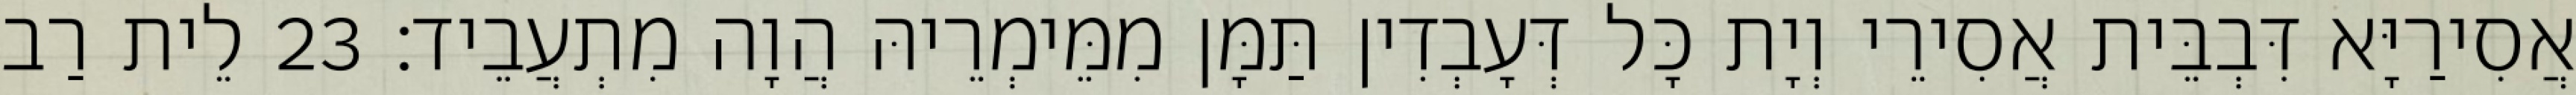
אֲסִירַיָּא דִּבְבֵּית אֲסִירֵי וְיָת כָּל דְּעָבְדִין תַּמָּן מִמֵּימְרֵיהּ הֲוָה מִתְעֲבֵיד׃ 23 לֵית רַב